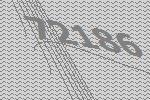
72186